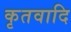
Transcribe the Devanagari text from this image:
कृतवादि